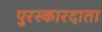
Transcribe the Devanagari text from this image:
पुरस्कारदाता